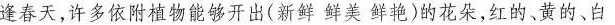
逢春天，许多依附植物能够开出(新鲜鲜美鲜艳)的花朵，红的、黄的、白